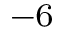
^ { - 6 }